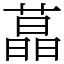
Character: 蕌